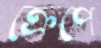
ক্রেপে